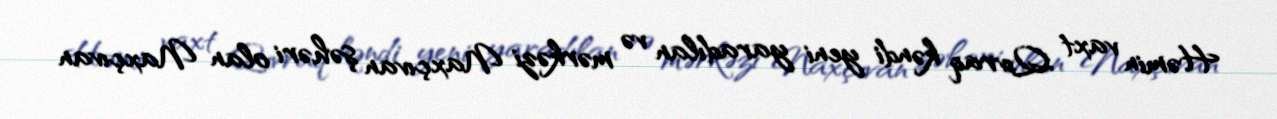
Həmin vaxt Qıvraq kəndi yeni yaradılan və mərkəzi Naxçıvan şəhəri olan Naxçıvan